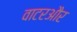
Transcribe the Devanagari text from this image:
वाटरऔर